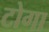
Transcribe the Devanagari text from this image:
टोगा